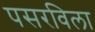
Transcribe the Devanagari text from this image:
पसरविला